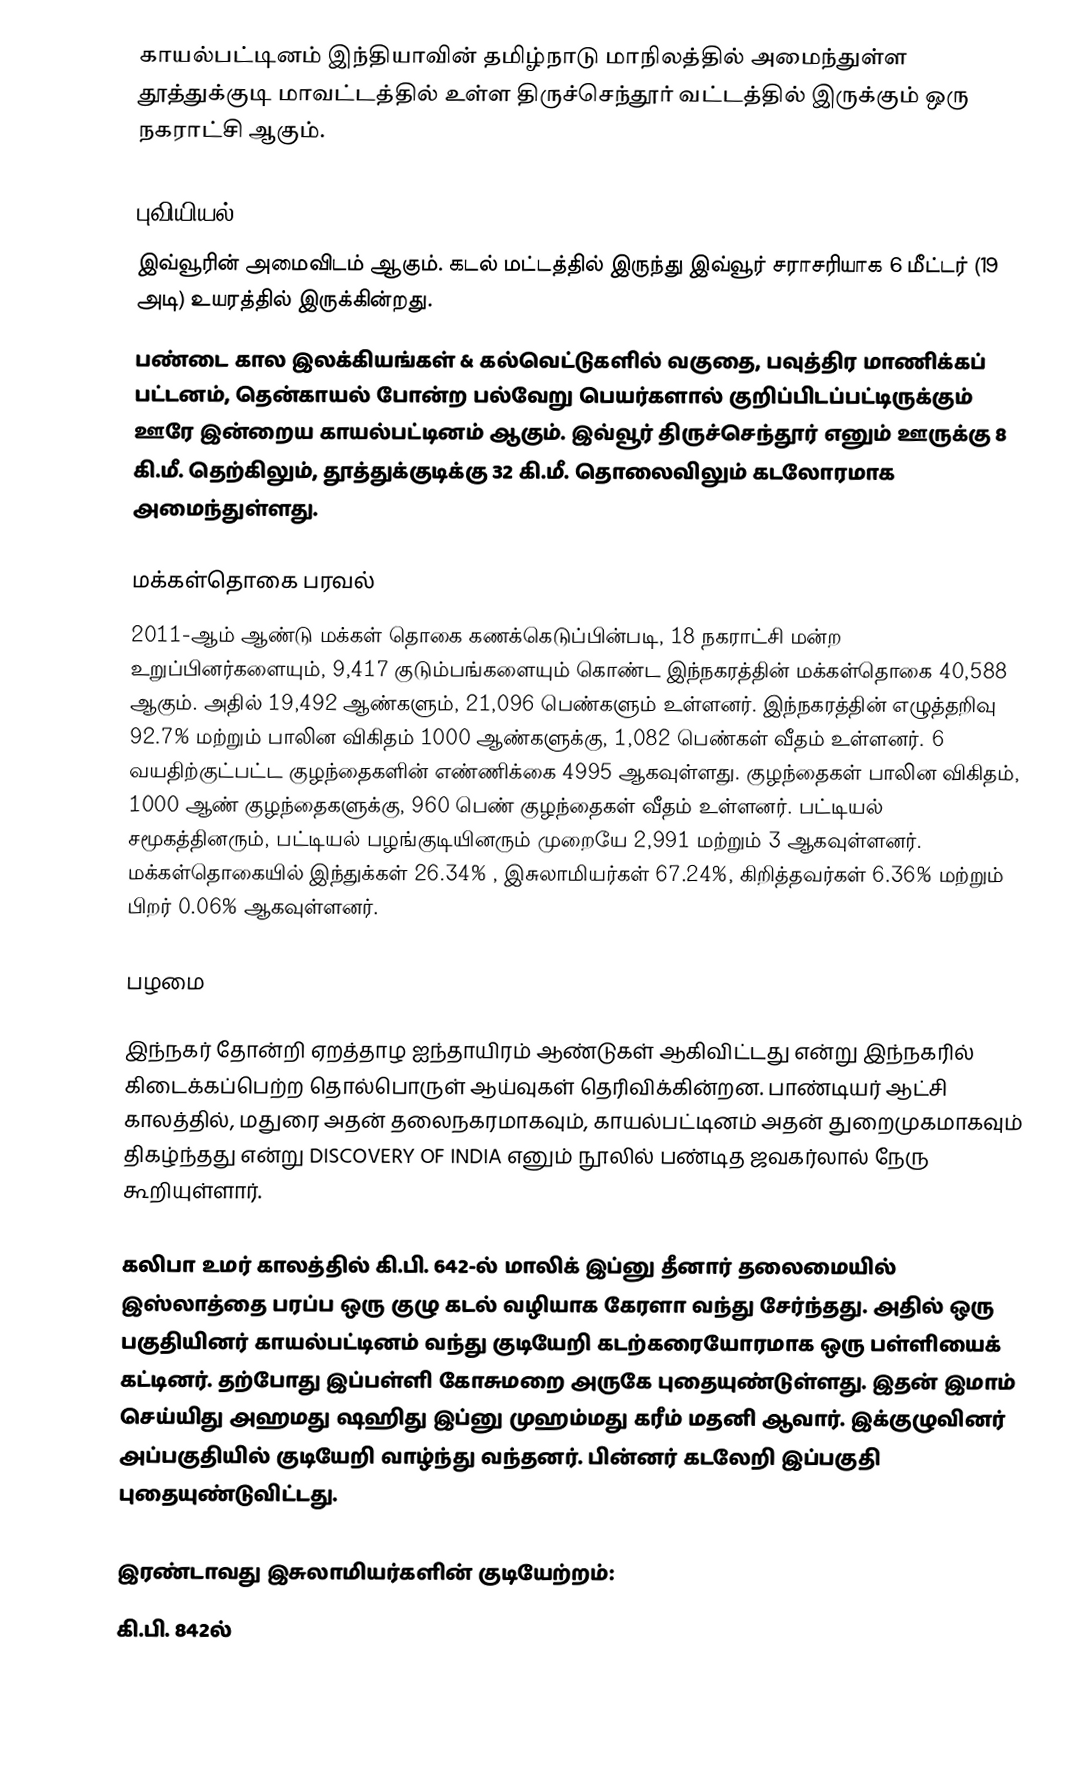
காயல்பட்டினம் இந்தியாவின் தமிழ்நாடு மாநிலத்தில் அமைந்துள்ள தூத்துக்குடி மாவட்டத்தில் உள்ள திருச்செந்தூர் வட்டத்தில் இருக்கும் ஒரு நகராட்சி ஆகும்.

புவியியல்
இவ்வூரின் அமைவிடம்  ஆகும். கடல் மட்டத்தில் இருந்து இவ்வூர் சராசரியாக 6 மீட்டர் (19 அடி) உயரத்தில் இருக்கின்றது.
பண்டை கால இலக்கியங்கள் & கல்வெட்டுகளில் வகுதை, பவுத்திர மாணிக்கப் பட்டனம், தென்காயல் போன்ற பல்வேறு பெயர்களால் குறிப்பிடப்பட்டிருக்கும் ஊரே இன்றைய காயல்பட்டினம் ஆகும். இவ்வூர் திருச்செந்தூர் எனும் ஊருக்கு 8 கி.மீ. தெற்கிலும், தூத்துக்குடிக்கு 32 கி.மீ. தொலைவிலும் கடலோரமாக அமைந்துள்ளது.

மக்கள்தொகை பரவல்
2011-ஆம் ஆண்டு மக்கள் தொகை கணக்கெடுப்பின்படி,  18  நகராட்சி மன்ற உறுப்பினர்களையும், 9,417 குடும்பங்களையும் கொண்ட இந்நகரத்தின் மக்கள்தொகை 40,588 ஆகும். அதில் 19,492  ஆண்களும், 21,096  பெண்களும் உள்ளனர்.   இந்நகரத்தின் எழுத்தறிவு 92.7%  மற்றும் பாலின விகிதம்  1000 ஆண்களுக்கு, 1,082 பெண்கள் வீதம் உள்ளனர். 6 வயதிற்குட்பட்ட குழந்தைகளின் எண்ணிக்கை 4995 ஆகவுள்ளது. குழந்தைகள் பாலின விகிதம்,  1000 ஆண் குழந்தைகளுக்கு, 960   பெண் குழந்தைகள் வீதம் உள்ளனர். பட்டியல் சமூகத்தினரும், பட்டியல் பழங்குடியினரும்  முறையே 2,991  மற்றும் 3 ஆகவுள்ளனர். மக்கள்தொகையில் இந்துக்கள் 26.34% ,  இசுலாமியர்கள் 67.24%, கிறித்தவர்கள்  6.36%  மற்றும் பிறர் 0.06% ஆகவுள்ளனர்.

பழமை

இந்நகர் தோன்றி ஏறத்தாழ ஐந்தாயிரம் ஆண்டுகள் ஆகிவிட்டது என்று இந்நகரில் கிடைக்கப்பெற்ற தொல்பொருள் ஆய்வுகள் தெரிவிக்கின்றன. பாண்டியர் ஆட்சி காலத்தில், மதுரை அதன் தலைநகரமாகவும், காயல்பட்டினம் அதன் துறைமுகமாகவும் திகழ்ந்தது என்று DISCOVERY OF INDIA எனும் நூலில் பண்டித ஜவகர்லால் நேரு கூறியுள்ளார்.

கலிபா உமர் காலத்தில் கி.பி. 642-ல் மாலிக் இப்னு தீனார் தலைமையில் இஸ்லாத்தை பரப்ப ஒரு குழு கடல் வழியாக கேரளா வந்து சேர்ந்தது. அதில் ஒரு பகுதியினர் காயல்பட்டினம் வந்து குடியேறி கடற்கரையோரமாக ஒரு பள்ளியைக் கட்டினர். தற்போது இப்பள்ளி கோசுமறை அருகே புதையுண்டுள்ளது. இதன் இமாம் செய்யிது அஹமது ஷஹிது இப்னு முஹம்மது கரீம் மதனி ஆவார். இக்குழுவினர் அப்பகுதியில் குடியேறி வாழ்ந்து வந்தனர். பின்னர் கடலேறி இப்பகுதி புதையுண்டுவிட்டது.

இரண்டாவது இசுலாமியர்களின் குடியேற்றம்:
கி.பி. 842ல்